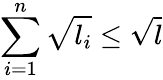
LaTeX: \sum_{i=1}^{n}\sqrt{l_{i}}\leq\sqrt{l}